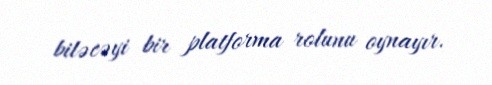
biləcəyi bir platforma rolunu oynayır.